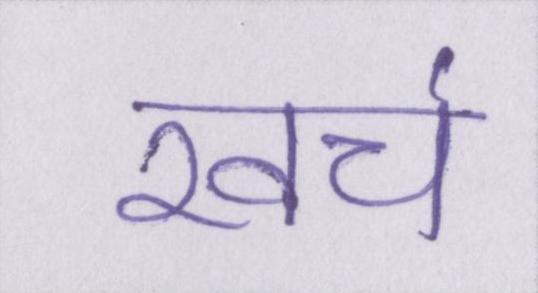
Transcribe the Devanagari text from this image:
खच॔